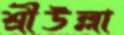
শ্রীউল্লা